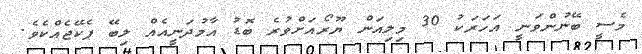
މެސީ ބޭނުންވަނީ އަހަރަކު 30 މިލިއަން ޔޫރޯއަށްވުރެ ބޮޑު އާމުދަނީއެއް ލިބޭ ޕެކޭޖެއްކެވެ.